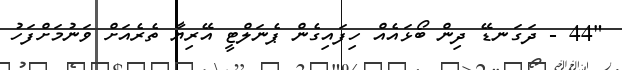
"44 - ދަގަނޑޭ ދިން ބޯޅައެއް ހިފައިގެން ޕެނަލްޓީ އޭރިޔާ ތެރެއަށް ވަނުމަށްފަހު